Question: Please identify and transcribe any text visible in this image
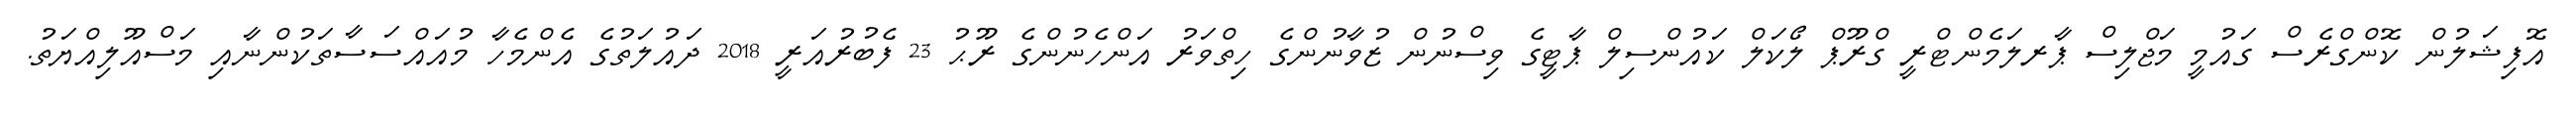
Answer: އޮފިޝަލުން ކޮންގްރެސް ގައުމީ މަޖްލިސް ޕާރލަމެންޓްރީ ގްރޫޕް ލޯކަލް ކައުންސިލް ޕާޓީގެ ވިސްނުން ޒުވާނުންގެ ހިތްވަރު އަންހެނުންގެ ރޫޙު 23 ފެބުރުއަރީ 2018 ދައުލަތުގެ އެންމެހާ މުއައްސަސާތަކުންނާއި މަސްއޫލިއްޔަތު.